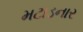
મટાડનાર